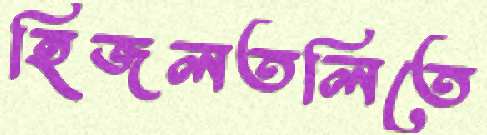
হিজলতলিতে